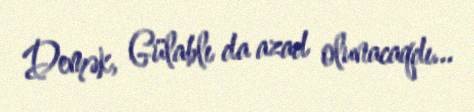
Demək, Gülablı da azad olunacaqdı...